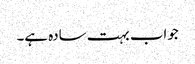
جواب بہت سادہ ہے۔